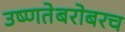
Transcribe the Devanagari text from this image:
उष्णतेबरोबरच